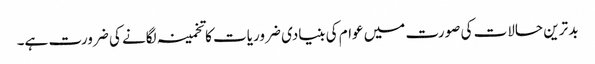
بد ترین حالات کی صورت میں عوام کی بنیادی ضروریات کا تخمینہ لگانے کی ضرورت ہے۔